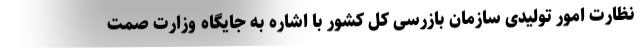
نظارت امور تولیدی سازمان بازرسی کل کشور با اشاره به جایگاه وزارت صمت